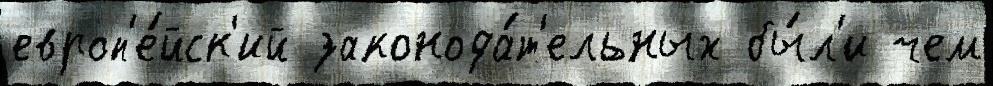
европ'е́йск'ий законода́т'ельных бы́л'и чем